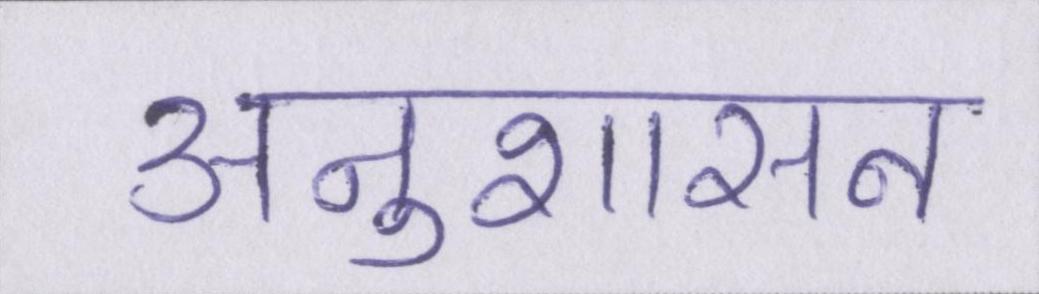
अनुशासन